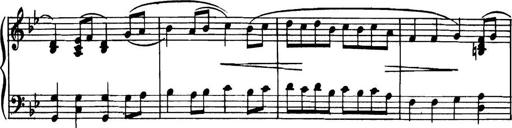
Title: Piano Sonatina in G minor
Composer: John Blackwood McEwen
Key: G minor